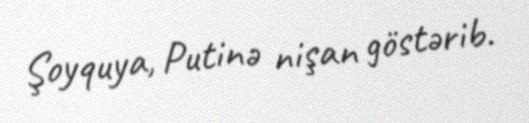
Şoyquya, Putinə nişan göstərib.